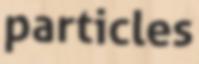
particles